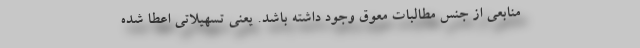
منابعی از جنس مطالبات معوق وجود داشته باشد. یعنی تسهیلاتی اعطا شده